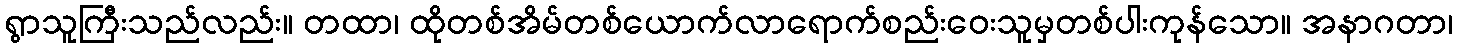
ရွာသူကြီးသည်လည်း။ တထာ၊ ထိုတစ်အိမ်တစ်ယောက်လာရောက်စည်းဝေးသူမှတစ်ပါးကုန်သော။ အနာဂတာ၊